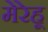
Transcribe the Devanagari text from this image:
मेरेहू